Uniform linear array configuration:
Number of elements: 12
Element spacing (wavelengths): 0.75
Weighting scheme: hann
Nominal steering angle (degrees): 60
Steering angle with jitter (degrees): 58.511
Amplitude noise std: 0.05
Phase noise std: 0.05

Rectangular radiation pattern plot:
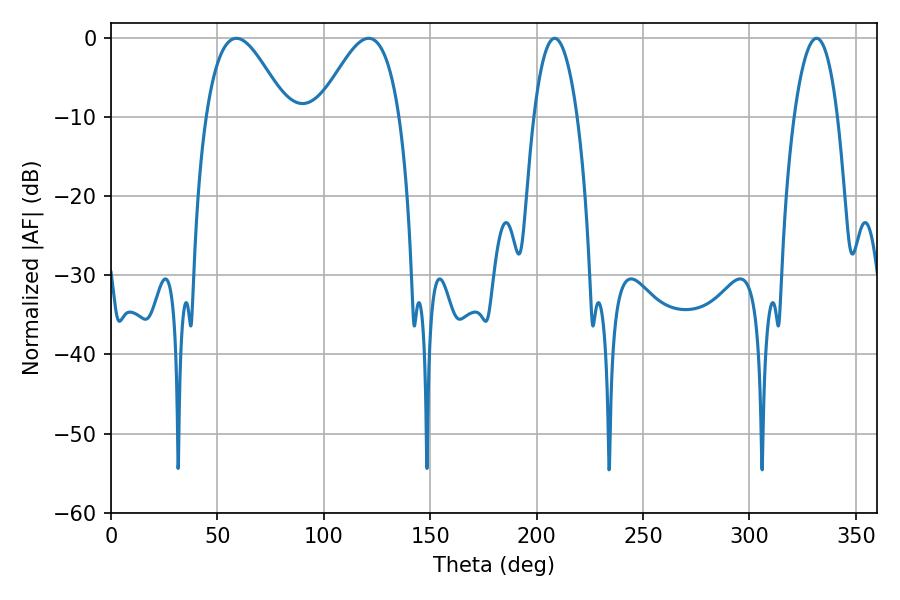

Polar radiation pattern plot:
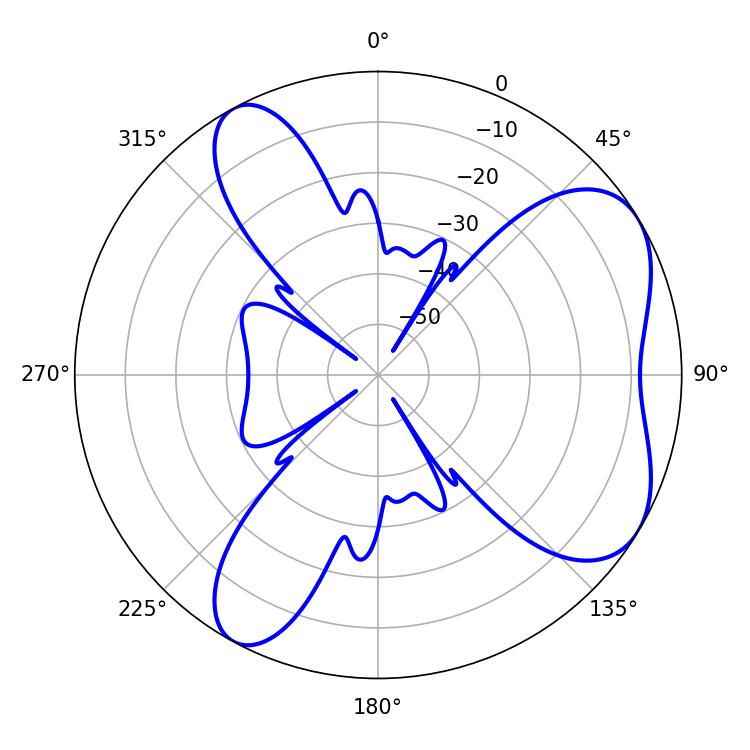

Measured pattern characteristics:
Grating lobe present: TRUE
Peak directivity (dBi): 5.958
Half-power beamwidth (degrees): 11.34
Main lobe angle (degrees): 331.56